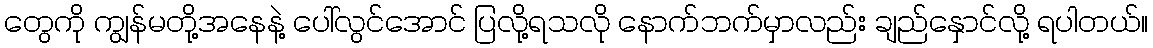
တွေကို ကျွန်မတို့အနေနဲ့ ပေါ်လွင်အောင် ပြလို့ရသလို နောက်ဘက်မှာလည်း ချည်နှောင်လို့ ရပါတယ်။